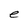
Character: e